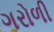
ગરોળી